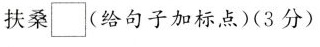
扶桑\square(给句子加标点)(3分)